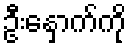
ဦးနှောက်ကို